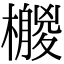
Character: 𣞛